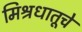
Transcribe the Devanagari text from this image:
मिश्रधातूचे